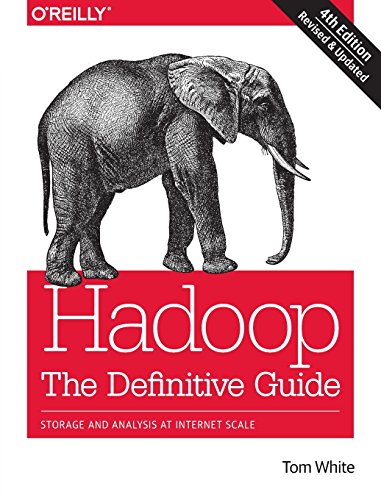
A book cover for Hadoop: The Definitive Guide; Tom White; Computers & Technology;